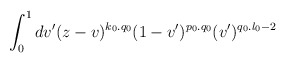
\begin{align*}\int _{0} ^{1} dv'(z-v)^{k_{0}.q_{0}}(1-v')^{p_{0}.q_{0}}(v')^{q_{0}.l_{0}-2}\end{align*}